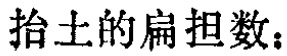
抬土的扁担数：